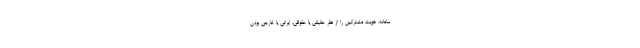
سامانه، هویت مشترکین را از نظر حقیقی یا حقوقی، ایرانی یا خارجی بودن